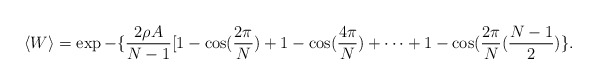
\begin{align*}\langle W \rangle = \exp-\{\frac{2\rho A}{N-1}[ 1-\cos (\frac{2\pi}{N}) + 1-\cos (\frac{4\pi}{N}) + \dots + 1-\cos(\frac{2\pi}{N}(\frac{N-1}{2})\} .\end{align*}